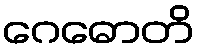
ဂေဓောတိ